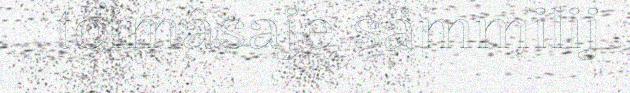
toimâsaje sämmilij